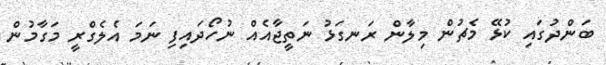
ބަންދުގައި ކުޅޭ މެޗުން މިލާން ރަނގަޅު ނަތީޖާއެއް ނުހޯދައިފި ނަމަ އެލެގްރީ މަގާމުން